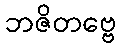
ဘဇိတဗ္ဗေ